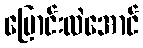
ပြောင်းလဲအောင်